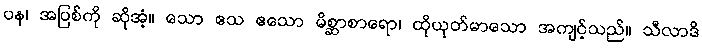
ပန၊ အပြစ်ကို ဆိုအံ့။ သော ဧသ ဧသော မိစ္ဆာစာရော၊ ထိုယုတ်မာသော အကျင့်သည်။ သီလာဒိ